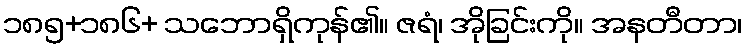
၁၈၅+၁၈၆+ သဘောရှိကုန်၏။ ဇရံ၊ အိုခြင်းကို။ အနတီတာ၊